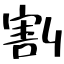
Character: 割